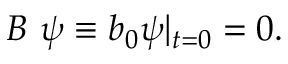
B \ \psi \equiv b _ { 0 } \psi \vert _ { t = 0 } = 0 .